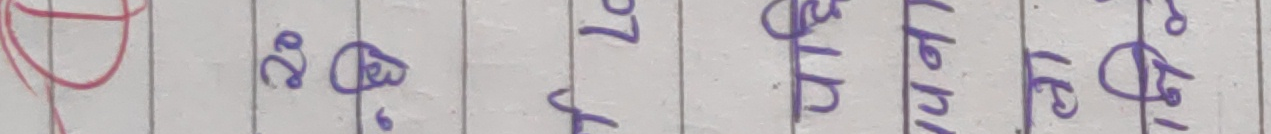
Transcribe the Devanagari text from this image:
२० फ्य्,
२७ का
फ्याले
१६ फी